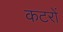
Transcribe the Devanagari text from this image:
कटरों